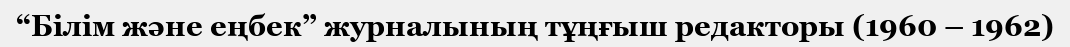
“Білім және еңбек” журналының тұңғыш редакторы (1960 – 1962)